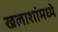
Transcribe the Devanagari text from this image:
खलाशांमध्ये